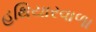
હથિયારવાળા